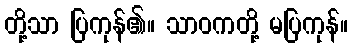
တို့သာ ပြကုန်၏။ သာဝကတို့ မပြကုန်။